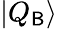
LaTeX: |Q_{\mathsf{B}}\rangle